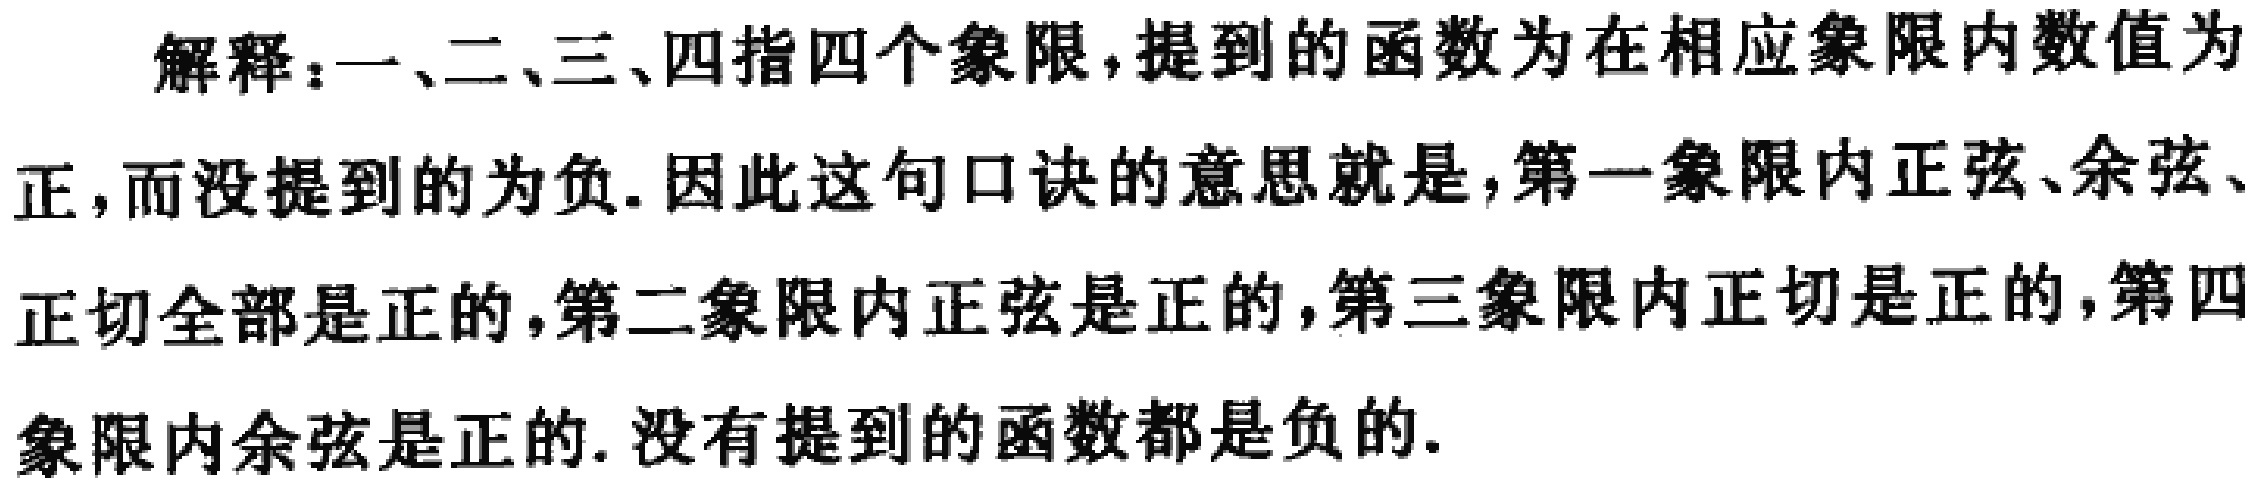
解释：一、二、三、四指四个象限，提到的函数为在相应象限内数值为正，而没提到的为负. 因此这句口诀的意思就是，第一象限内正弦、余弦、正切全部是正的，第二象限内正弦是正的，第三象限内正切是正的，第四象限内余弦是正的. 没有提到的函数都是负的.